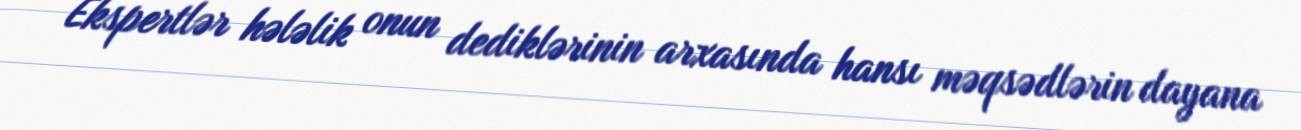
Ekspertlər hələlik onun dediklərinin arxasında hansı məqsədlərin dayana